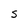
Character: s